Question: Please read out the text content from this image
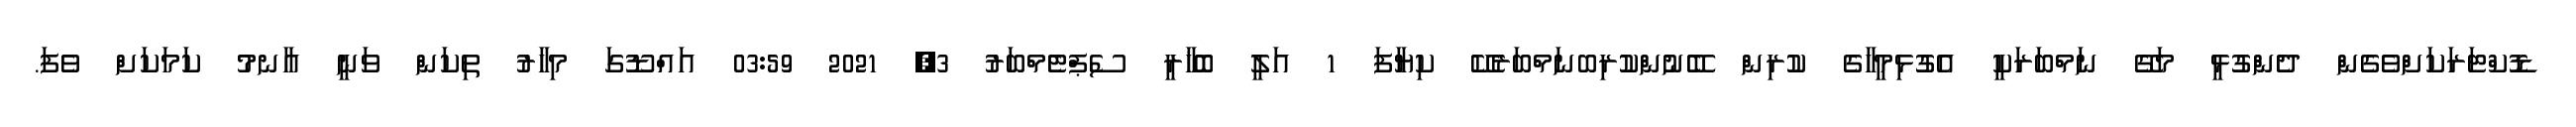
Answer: ޑޮކްޓަރަކަށްވެގެން ދެންގުޅީ މަގޭ ނަމްބަރަކީ އެގުޅިމީހާގެ ކުރިން ބޭނުންކުރިބނަމްބަރެކޭ ކިޔާފަ 1 އަލީ ބޮޚާރީ ސެޕްޓެމްބަރު 3, 2021 03:59 އައްޑޫގަ މިހާރު ތިކަން ވަނީ އާނމު ކަމަކަށް ވެފަ.